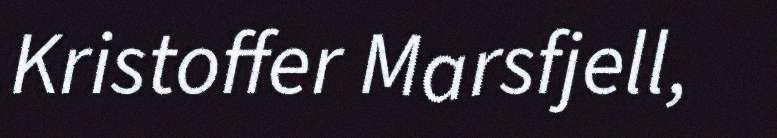
Kristoffer Marsfjell,